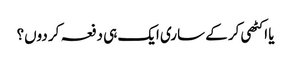
یا اکٹھی کر کے ساری ایک ہی دفعہ کر دوں؟